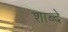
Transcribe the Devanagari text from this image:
शाब्दे